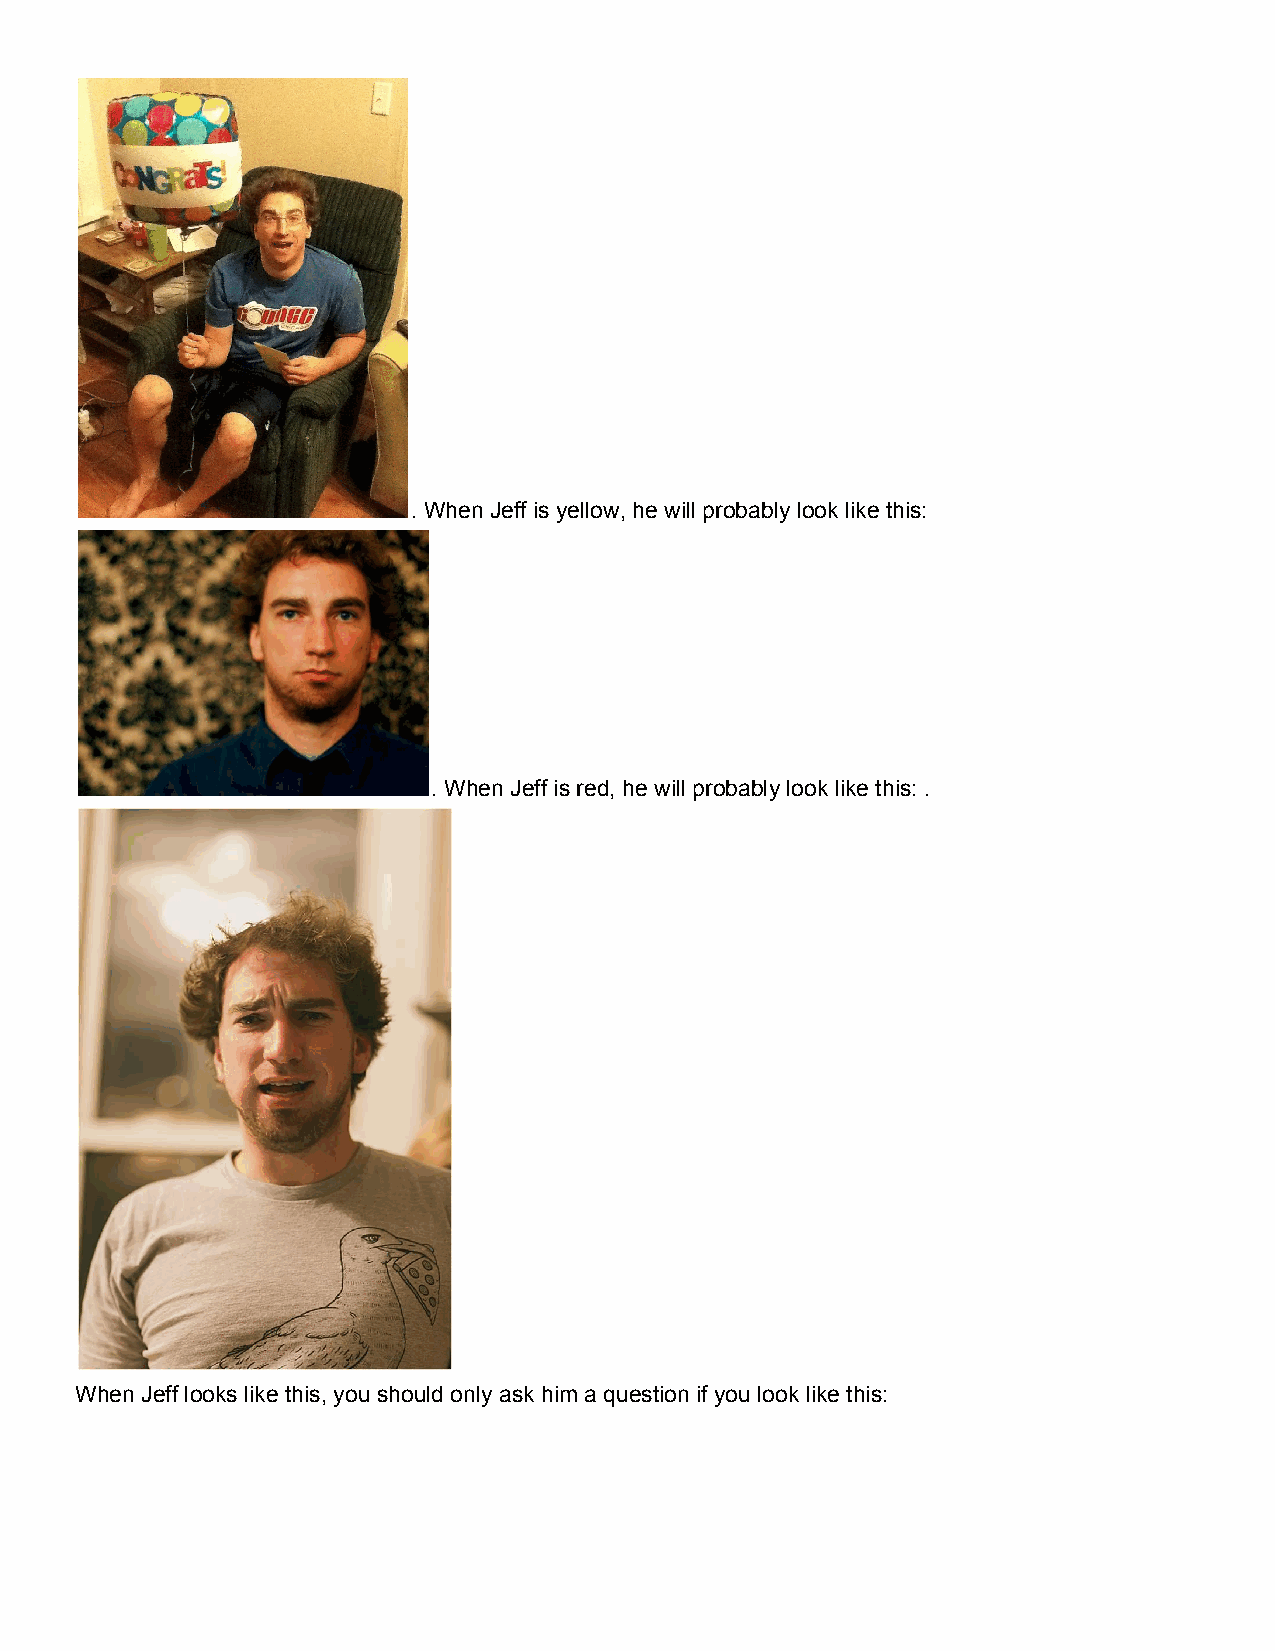
. When Jeff is yellow, he will probably look like this:
 . When Jeff is red, he will probably look like this: .
 When Jeff looks like this, you should only ask him a question if you look like this: